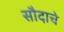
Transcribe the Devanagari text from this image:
सौदाचे